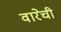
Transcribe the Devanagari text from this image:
वारेची